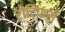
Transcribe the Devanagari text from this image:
रोटिफर्स